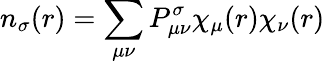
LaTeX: n_{\sigma}(r)=\sum_{\mu\nu}P_{\mu\nu}^{\sigma}\chi_{\mu}(r)\chi_{\nu}(r)